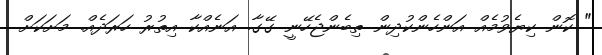
" ކޮން ކިޔެވުމެއް އަންހެންކުދިން ތިބެންޖެހޭނީ ގޭގާ. އަނެއްކާ އިތުރު ހަރަދެއް. މަށަކަށް